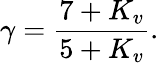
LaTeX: \gamma=\frac{7+K_{v}}{5+K_{v}}.